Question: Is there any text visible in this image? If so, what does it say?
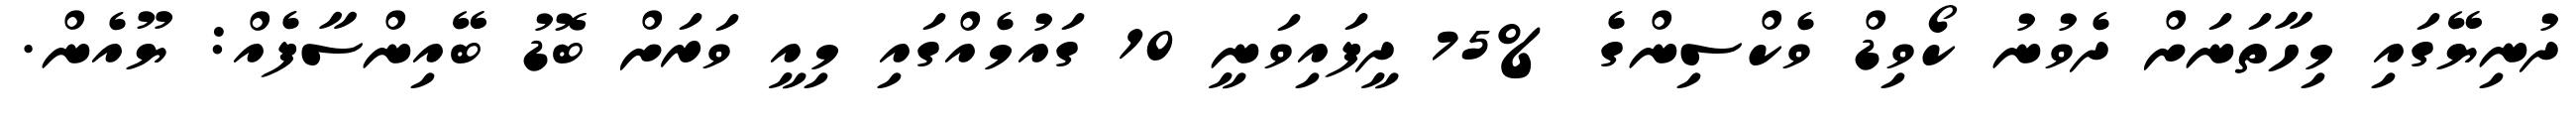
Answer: ދުނިޔޭގައި މިހާތަނަށް ދެވުނު ކޯވިޑް ވެކްސިންގެ %75 ދީފައިވަނީ 10 ގައުމެއްގައި މިއީ ވަރަށް ބޮޑު ބޭއިންސާފެއް: ޔޫއެން.